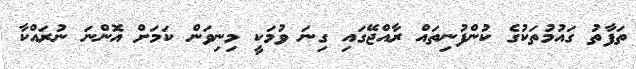
ތަފާތު ގައުމުތަކުގެ ކުންފުނިތައް ރާއްޖޭގައި ގިނަ ވުމަކީ މިނިވަން ކަމަށް އޮންނަ ނުރައްކާ